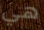
هي